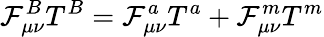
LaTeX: \mathcal{F}_{\mu\nu}^{B}T^{B}=\mathcal{F}_{\mu\nu}^{a}T^{a}+\mathcal{F}_{\mu\nu}^{m}T^{m}